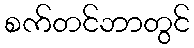
စက်တင်ဘာတွင်